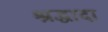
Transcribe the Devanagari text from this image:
श्रद्धादा